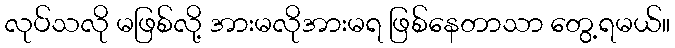
လုပ်သလို မဖြစ်လို့ အားမလိုအားမရ ဖြစ်နေတာသာ တွေ့ရမယ်။